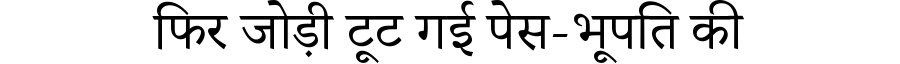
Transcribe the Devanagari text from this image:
फिर जोड़ी टूट गई पेस-भूपति की